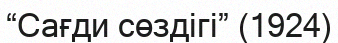
“Сағди сөздігі” (1924)